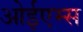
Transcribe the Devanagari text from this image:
ओईएम्स